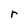
Character: r